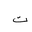
Letter: _ta